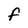
Character: F